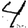
Digit: 4